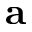
\textbf { a }